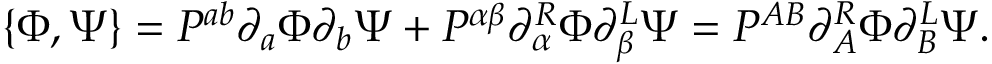
\{ \Phi , \Psi \} = P ^ { a b } \partial _ { a } \Phi \partial _ { b } \Psi + P ^ { \alpha \beta } \partial _ { \alpha } ^ { R } \Phi \partial _ { \beta } ^ { L } \Psi = P ^ { A B } \partial _ { A } ^ { R } \Phi \partial _ { B } ^ { L } \Psi .